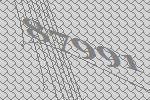
87991